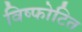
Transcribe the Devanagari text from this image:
विष्फोटित